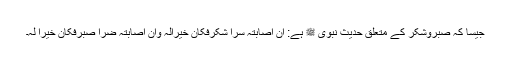
جیسا کہ صبروشکر کے متعلق حدیث نبوی ﷺ ہے: ان اصابتہ سرّا شکرفکان خیرالہ وان اصابتہ ضرّا صبرفکان خیرا لہ۔